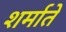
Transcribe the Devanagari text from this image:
शर्माते